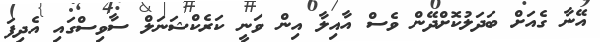
އޭނާ ގެއަށް ބަދަލުކޮށްދޭން ވެސް އާއިލާ އިން ވަނީ ކަރެކްޝަނަލް ސާވިސްގައި އެދިފަ